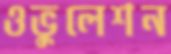
ওভুলেশন